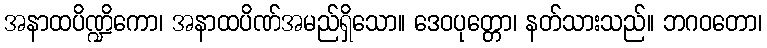
အနာထပိဏ္ဍိကော၊ အနာထပိဏ်အမည်ရှိသော။ ဒေဝပုတ္တော၊ နတ်သားသည်။ ဘဂဝတော၊